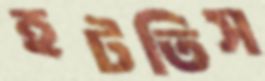
হটতিস